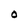
Character: o